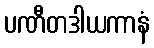
ပဏီတဒါယကာနံ